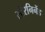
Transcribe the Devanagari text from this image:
स्टेरनिनेंड